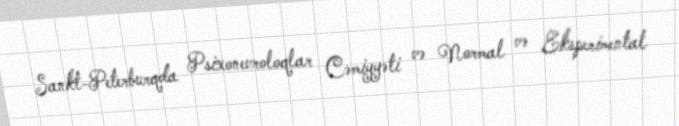
Sankt-Peterburqda Psixonevroloqlar Cəmiyyəti və Normal və Eksperimental